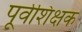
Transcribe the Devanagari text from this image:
पूर्वशिक्षक